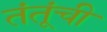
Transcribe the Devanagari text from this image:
तंतूंची